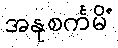
အနုစင်္ကမိံ